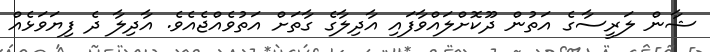
ޝާން ލަރީސާގެ އަތުން ދޫކޮށްލައްވާފައި އާދިލާގެ ގާތަށް އަތުވެއްޖެއެވެ. އާދިލާ ދެ ފިޔަވަޅެއް